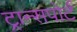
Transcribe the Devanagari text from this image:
ट्रान्‍सपोर्ट